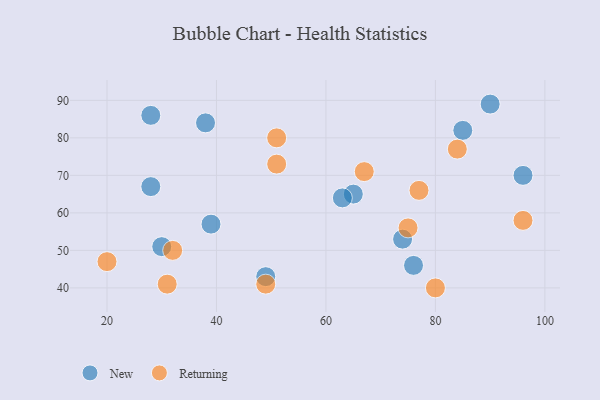
{"axis": {"x": "GDP", "y": "Life Expectancy"}, "legend": ["New", "Returning"], "data": [{"x": "65", "y": 65, "type": "New"}, {"x": "76", "y": 46, "type": "New"}, {"x": "90", "y": 89, "type": "New"}, {"x": "96", "y": 70, "type": "New"}, {"x": "38", "y": 84, "type": "New"}, {"x": "28", "y": 86, "type": "New"}, {"x": "30", "y": 51, "type": "New"}, {"x": "28", "y": 67, "type": "New"}, {"x": "63", "y": 64, "type": "New"}, {"x": "39", "y": 57, "type": "New"}, {"x": "74", "y": 53, "type": "New"}, {"x": "85", "y": 82, "type": "New"}, {"x": "49", "y": 43, "type": "New"}, {"x": "67", "y": 71, "type": "Returning"}, {"x": "32", "y": 50, "type": "Returning"}, {"x": "84", "y": 77, "type": "Returning"}, {"x": "80", "y": 40, "type": "Returning"}, {"x": "49", "y": 41, "type": "Returning"}, {"x": "75", "y": 56, "type": "Returning"}, {"x": "31", "y": 41, "type": "Returning"}, {"x": "51", "y": 80, "type": "Returning"}, {"x": "20", "y": 47, "type": "Returning"}, {"x": "96", "y": 58, "type": "Returning"}, {"x": "51", "y": 73, "type": "Returning"}, {"x": "77", "y": 66, "type": "Returning"}]}